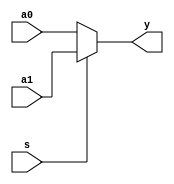
`timescale 1ns / 1ps
//////////////////////////////////////////////////////////////////////////////////
// Company: 
// Engineer: 
// 
// Design Name: 
// Module Name: MUX2X32
// Project Name: 
// Target Devices: 
// Tool Versions: 
// Description: 
// 
// Dependencies: 
// 
// Revision:
// Revision 0.01 - File Created
// Additional Comments:
// 
//////////////////////////////////////////////////////////////////////////////////


module MUX2X32(a0,a1,s,y);
    input [31:0]a0,a1;
    input s;
    output [31:0]y;
    assign y = s ? a1:a0;
endmodule